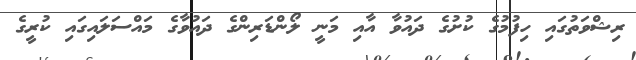
ރިޝްވަތުގައި ހިފުމުގެ ކުށުގެ ދައުވާ އާއި މަނީ ލޯންޑަރިންގެ ދައުވާގެ މައްސަލައިގައި ކުރީގެ